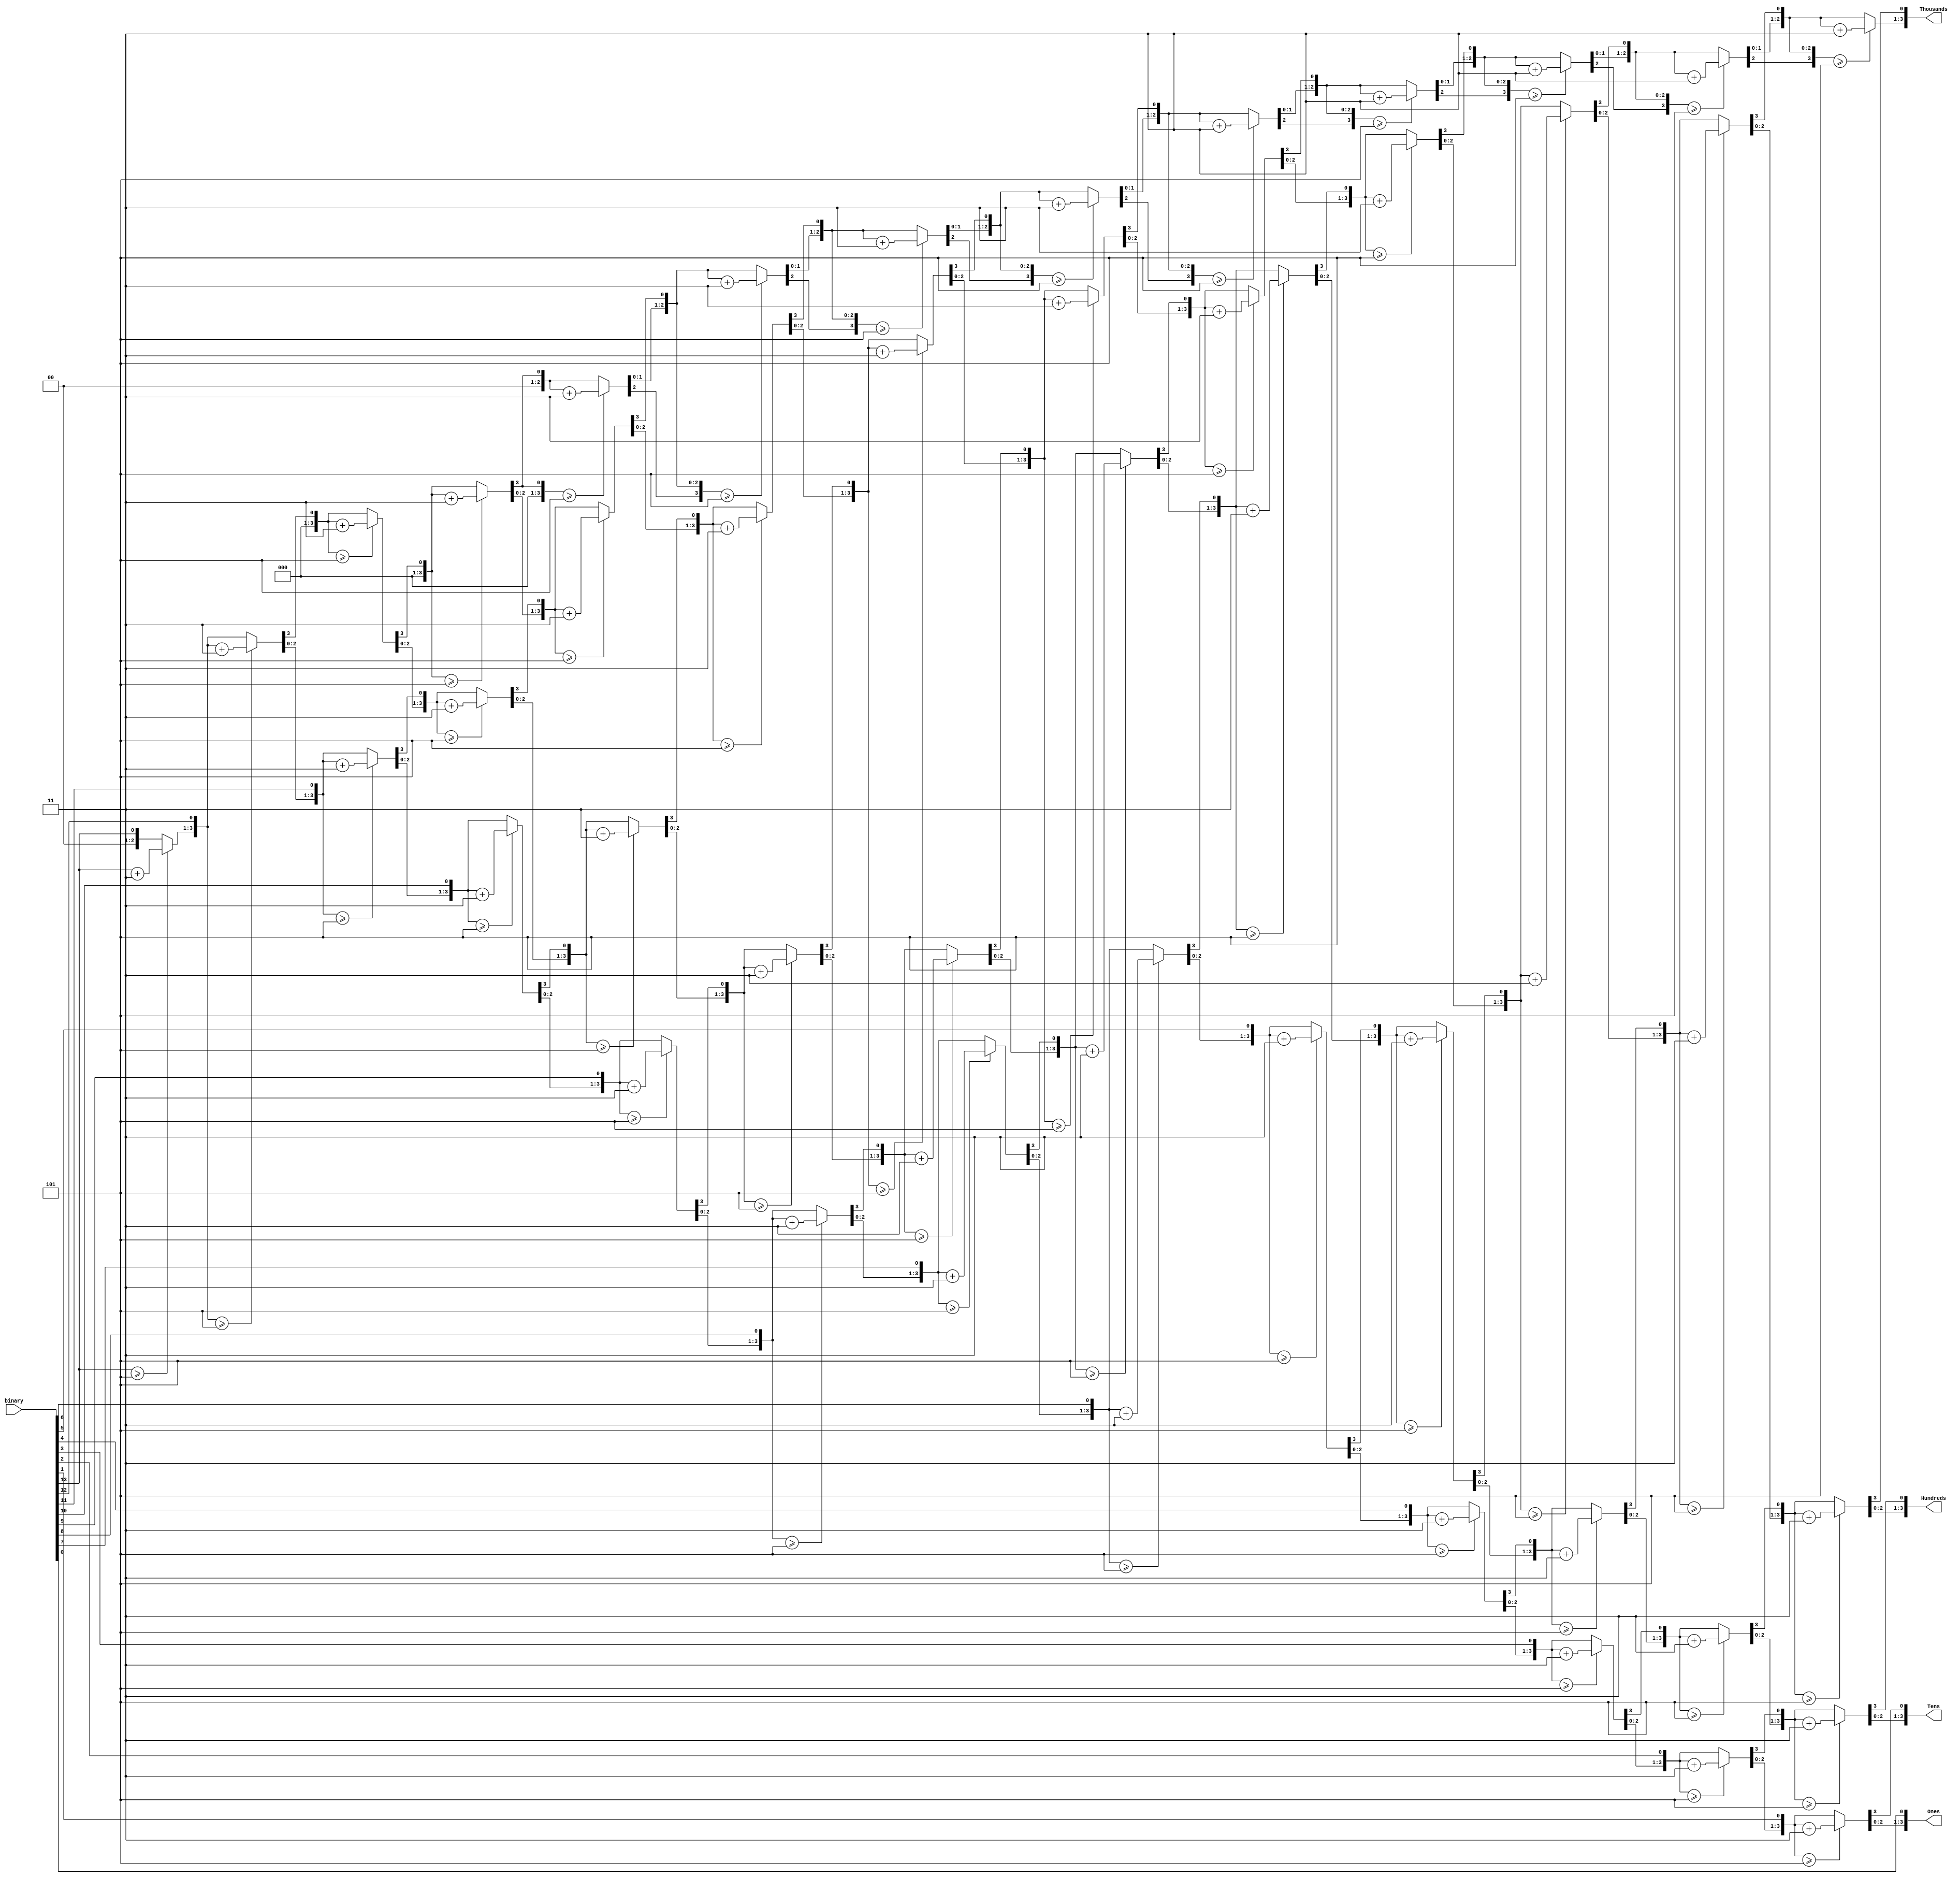
module BCD (
	input [13:0] binary, 
	output reg [3:0] Thousands,
	output reg [3:0] Hundreds,
	output reg [3:0] Tens,
	output reg [3:0] Ones
	);
	
	integer i;
	always @ (binary)
	begin
	//set 100s, 10s and 1s to 0
		Thousands = 4'd0;
		Hundreds = 4'd0;
		Tens = 4'd0;
		Ones = 4'd0;
		
		for (i = 13; i>=0; i=i-1)
		begin	
		//add 3 to columns >= 5
			if (Thousands >= 5)
				Thousands = Thousands + 3;
			if (Hundreds >= 5)
				Hundreds = Hundreds + 3;
			if (Tens >= 5)
				Tens = Tens + 3;
			if (Ones >= 5)
				Ones = Ones + 3;
			
			//shift left one
			Thousands = Thousands << 1;
			Thousands[0] = Hundreds[3];
			Hundreds = Hundreds << 1;
			Hundreds[0] = Tens[3];
			Tens = Tens << 1;
			Tens[0] = Ones[3];
			Ones = Ones << 1;
			Ones[0] = binary[i];
		end
	end
endmodule